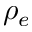
\rho _ { e }